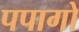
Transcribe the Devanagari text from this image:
पपागो